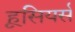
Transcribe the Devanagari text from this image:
हूसियर्स